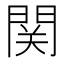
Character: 関